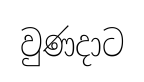
වුණදාට